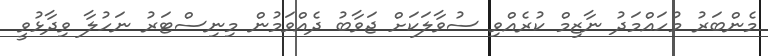
މެންބަރު މުހައްމަދު ނާޒިމް ކުރެއްވި ސުވާލަކަށް ޖަވާބު ދެއްވަމުން މިނިސްޓަރު ނަހުލާ ވިދާޅުވީ